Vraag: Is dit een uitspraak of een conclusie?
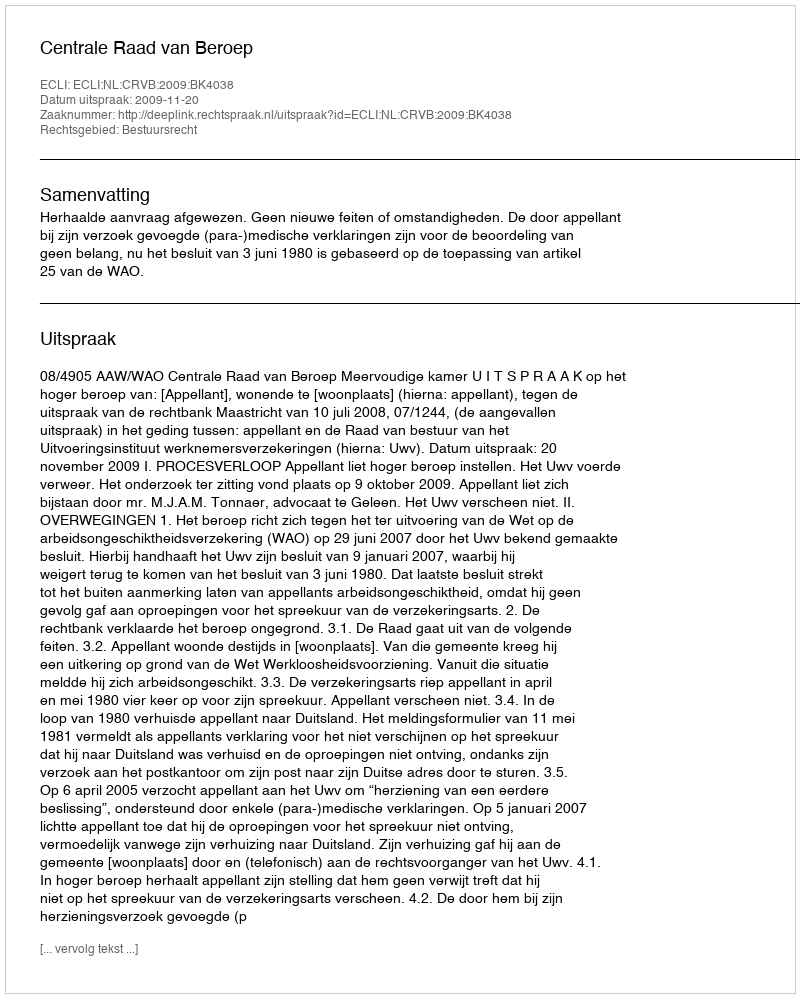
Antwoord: Uitspraak